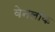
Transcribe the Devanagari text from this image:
वेनलॉक